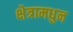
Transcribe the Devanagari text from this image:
क्षेत्रामधुन